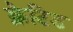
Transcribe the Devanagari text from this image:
क्रेटिड